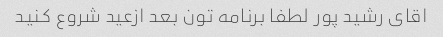
اقای رشید پور لطفا برنامه تون بعد ازعید شروع کنید